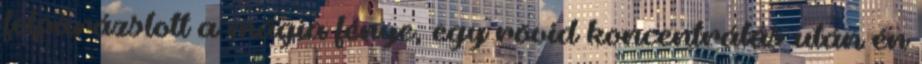
felparázslott a mágia fénye, egy rövid koncentrálás után én